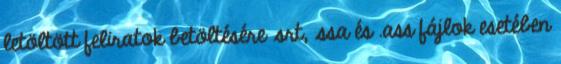
letöltött feliratok betöltésére .srt, .ssa és .ass fájlok esetében